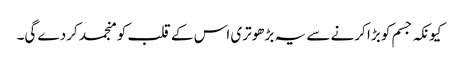
کیونکہ جسم کو بڑا کرنے سے یہ بڑھوتری اس کے قلب کو منجمد کردے گی۔